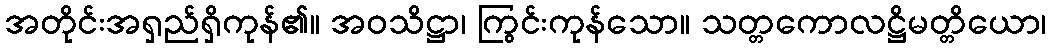
အတိုင်းအရှည်ရှိကုန်၏။ အဝသိဋ္ဌာ၊ ကြွင်းကုန်သော။ သတ္တကောလဋ္ဌိမတ္တိယော၊